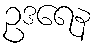
ဥဒရေန